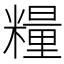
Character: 糧